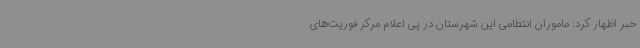
خبر اظهار کرد: ماموران انتظامی این شهرستان در پی اعلام مرکز فوریت‌های